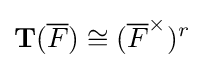
\mathbf {T} ({\overline {F}})\cong ({\overline {F}}^{\times })^{r}